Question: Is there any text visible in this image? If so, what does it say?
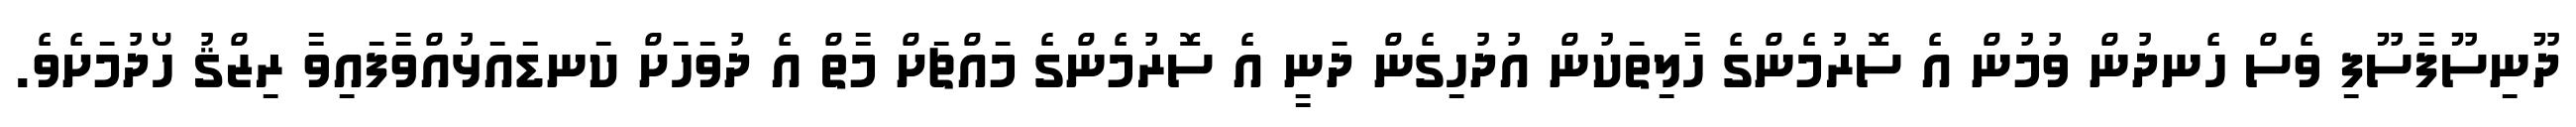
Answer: ދޫނިސޫފާސޫފި ވެސް ހެނދުން ވުމުން އެ ސޮރުމެންގެ ހާލިތަކުން އުދުހިގެން ދަނީ އެ ސޮރުމެންގެ މައްޗަށް މާތް އެ ދުވަހަށް ކަނޑައަޅުއްވާފައިވާ ރިޒްޤު ހޯދުމަށެވެ.